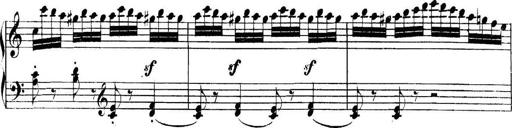
Title: Collected Piano Sonatas
Composer: Muzio Clementi